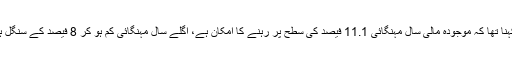
آئی ایم ایف کا مزید کہنا تھا کہ موجودہ مالی سال مہنگائی 11.1 فیصد کی سطح پر رہنے کا امکان ہے، اگلے سال مہنگائی کم ہو کر 8 فیصد کے سنگل ہندسے پر آجائے گی۔